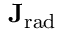
\mathbf { J _ { \mathrm { { r a d } } } }